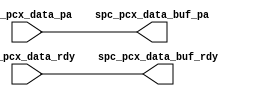
module pcx_databuf_pa(
   spc_pcx_data_buf_pa, spc_pcx_data_buf_rdy, 
   spc_pcx_data_pa, spc_pcx_data_rdy
   );
   output [123:0]spc_pcx_data_buf_pa;
   output        spc_pcx_data_buf_rdy;
   input [123:0]spc_pcx_data_pa;
   input        spc_pcx_data_rdy;
   assign spc_pcx_data_buf_pa = spc_pcx_data_pa;
   assign spc_pcx_data_buf_rdy  =  spc_pcx_data_rdy;
endmodule